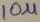
Text: 10u